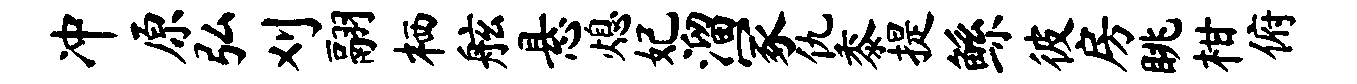
冲原弘刈翮栖舷悬熄妃溜冢仇黍提鲧彼房眺柑俯